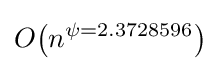
O{\mathord {\left(n^{\psi =2.3728596}\right)}}